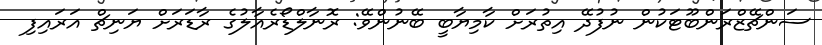
ސަންޗޭޒްރަންބޫޓަކުން ނުފުދޭ އިތުރަށް ކާމިޔާބީ ބޭނުންވޭ: ރޮނާލްޑޯރެއާލުގެ ރާޑަރަށް ޔަނިޗް އަރައިފި